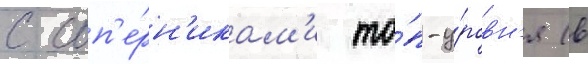
с соп'е́рн'икам'и то́п-у́ровн'я (в